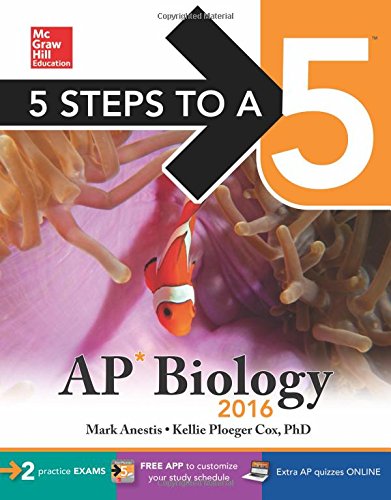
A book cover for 5 Steps to a 5 AP Biology 2016; Mark Anestis; Test Preparation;